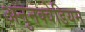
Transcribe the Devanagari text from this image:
अनुनक्वेडियम